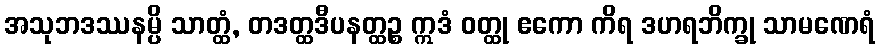
အသုဘဒဿနမ္ပိ သာတ္ထံ, တဒတ္ထဒီပနတ္ထဉ္စ ဣဒံ ဝတ္ထု ဧကော ကိရ ဒဟရဘိက္ခု သာမဏေရံ